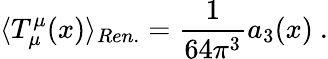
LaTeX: \langle T_{\mu}^{\mu}(x)\rangle_{Ren.}=\frac 1{64\pi^{3}}a_{3}(x)\ .